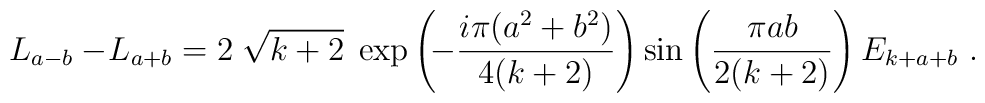
\begin{array}{ccl}L_{a-b}-\!L_{a+b} =  \displaystyle      2\;\sqrt{k+2}\;\exp\left(\!-\frac{i\pi(a^2+b^2)}{4(k+2)}\right)      \sin\left(\frac{\pi ab}{2(k+2)}\right)E_{k+a+b}\ .\end{array}